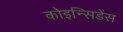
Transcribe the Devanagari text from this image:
कोइन्सिडेंस